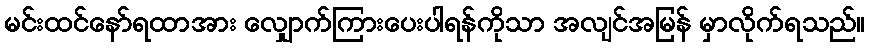
မင်းထင်နော်ရထာအား လျှောက်ကြားပေးပါရန်ကိုသာ အလျင်အမြန် မှာလိုက်ရသည်။